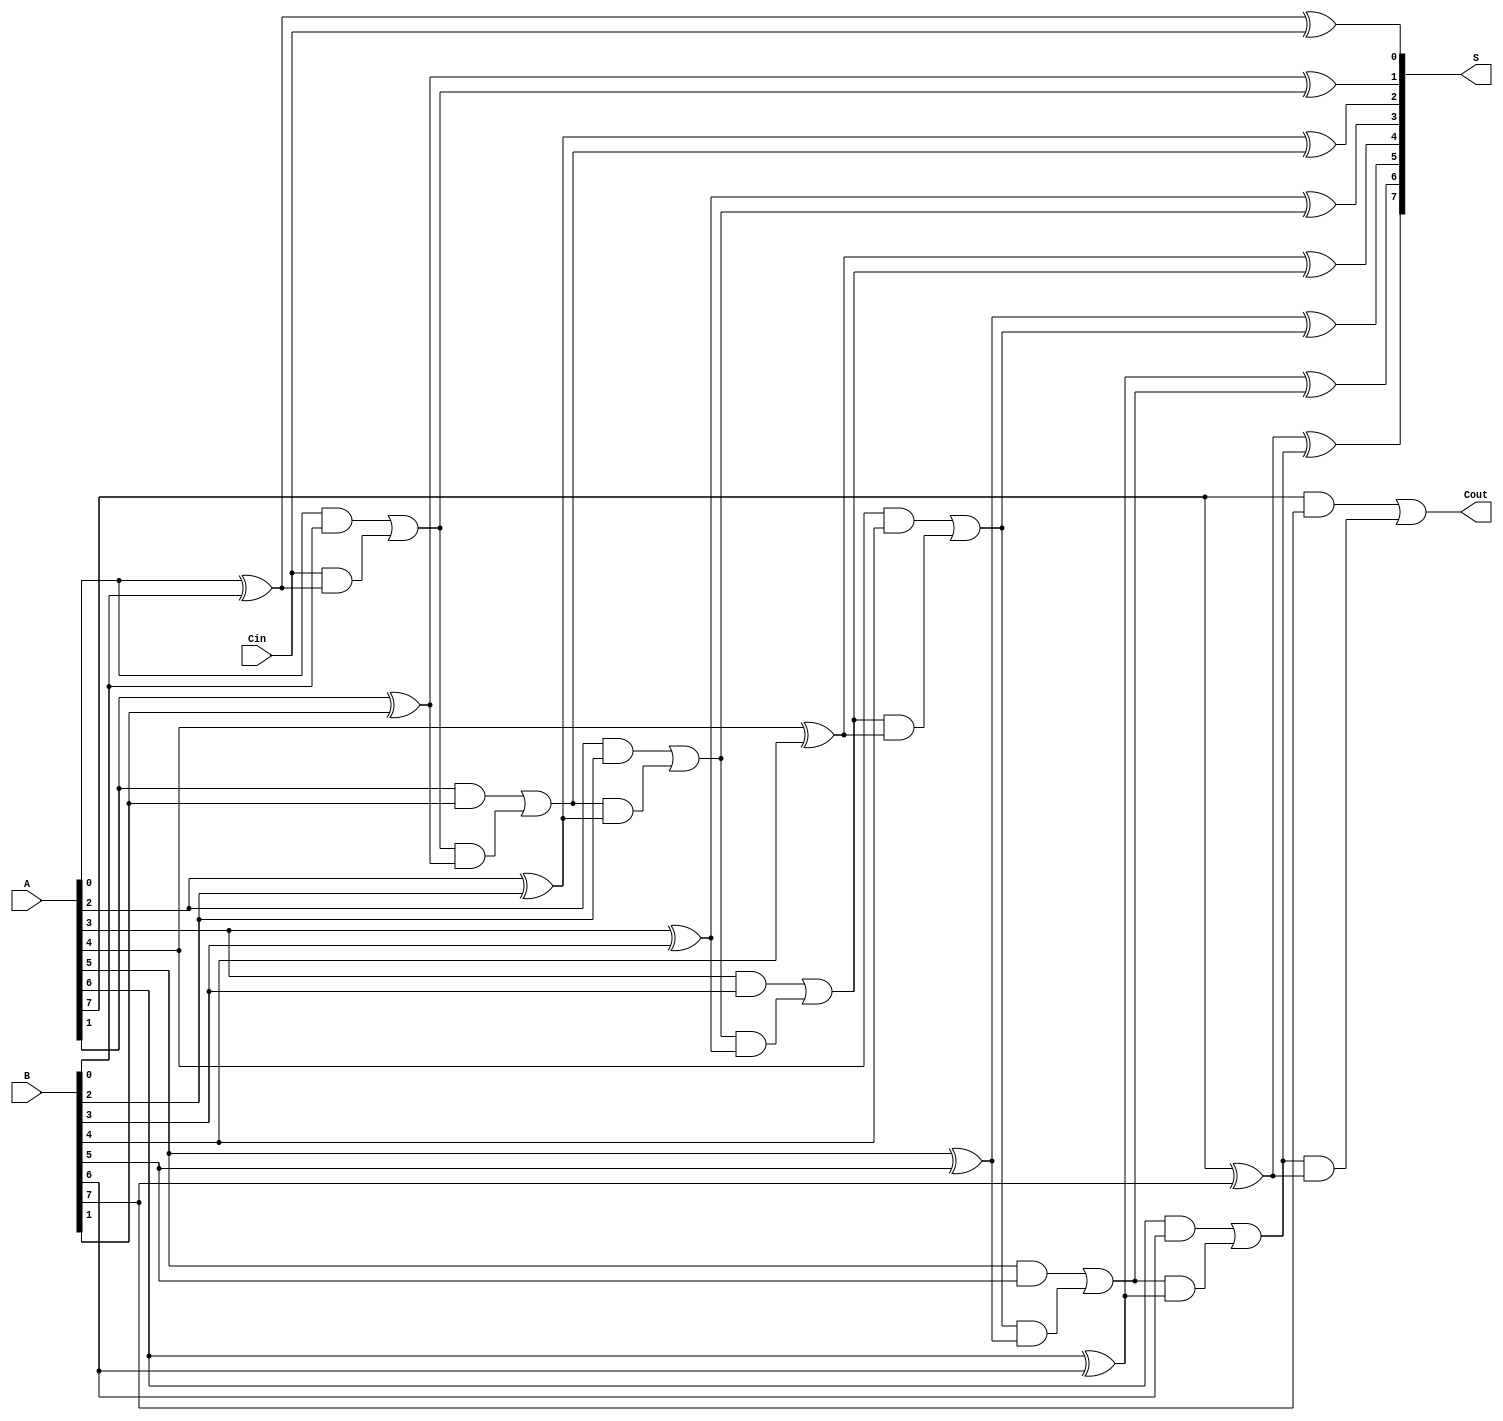
module ManchesterCarryChainAdder #(parameter n = 8) (
    input  [n-1:0] A,    // First n-bit input
    input  [n-1:0] B,    // Second n-bit input
    input          Cin,   // Carry-in (optional)
    output [n-1:0] S,    // Sum output
    output         Cout   // Carry-out
);

    wire [n:0] C; // Carry signals; C[0] = Cin, C[1] to C[n] for bits 0 to n-1

    // Initial carry
    assign C[0] = Cin;

    // Carry generation and sum calculation
    genvar i;
    generate
        for (i = 0; i < n; i = i + 1) begin : adder_chain
            // Carry generation
            assign C[i+1] = (A[i] & B[i]) | (C[i] & (A[i] ^ B[i]));
            // Sum calculation
            assign S[i] = A[i] ^ B[i] ^ C[i];
        end
    endgenerate

    // Final carry-out
    assign Cout = C[n];

endmodule